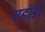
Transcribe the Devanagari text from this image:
एडॉर्डो